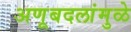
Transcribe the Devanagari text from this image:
अणूबदलांमुळे